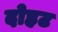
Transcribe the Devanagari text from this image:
दोहट